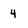
Character: 4